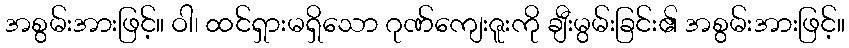
အစွမ်းအားဖြင့်။ ဝါ၊ ထင်ရှားမရှိသော ဂုဏ်ကျေးဇူးကို ချီးမွမ်းခြင်း၏ အစွမ်းအားဖြင့်။